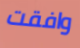
وافقت